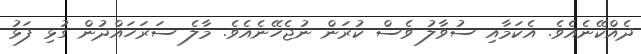
ދެއްކޭނެއެވެ. އެކަމާއި ސުވާލު ވެސް ކުރަން ނުޖެހޭނެއެވެ. މާލެ ސަރަހައްދުން ގުޅި ފަޅު